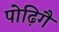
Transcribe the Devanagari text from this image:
पोढ़िगै